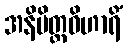
အနိမိတ္တဝိဟာရိံ